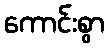
ကောင်းစွာ